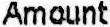
AMOUNT